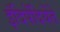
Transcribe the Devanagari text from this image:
इंदिपेंदियेंते